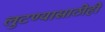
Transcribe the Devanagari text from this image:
लुटण्यासाठीही